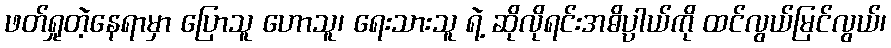
ဖတ်ရှုတဲ့နေရာမှာ ပြောသူ ဟောသူ၊ ရေးသားသူ ရဲ့ ဆိုလိုရင်းအဓိပ္ပာယ်ကို ထင်လွယ်မြင်လွယ်၊